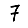
Digit: 7